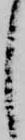
し